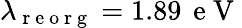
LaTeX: \lambda_{\mathrm{~r~e~o~r~g~}}=1.89\, \mathrm{~e~V~}